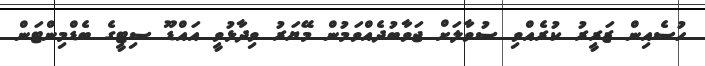
ހުސެއިން ޒަރީރު ކުރެއްވި ސުވާލަށް ޖަވާބުދެއްވަމުން މޭޔަރު ވިދާޅުވީ އައްޑޫ ސިޓީގެ ބެޑްމިންޓަން